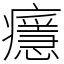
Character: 𤻘